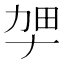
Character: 𫦫